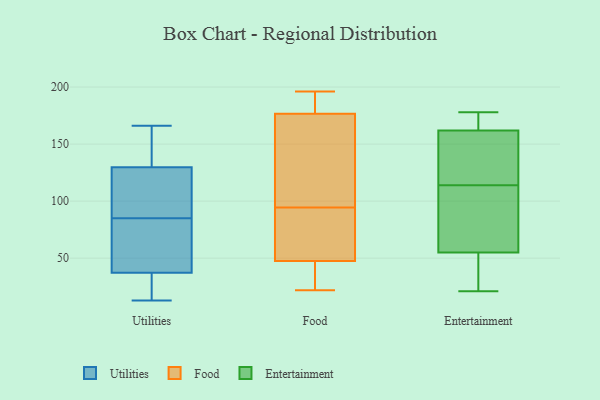
{"axis": {"x": "Population (Million)", "y": "Value"}, "legend": ["Entertainment", "Food", "Utilities"], "data": [{"x": "", "y": 141, "type": "Utilities"}, {"x": "", "y": 13, "type": "Utilities"}, {"x": "", "y": 54, "type": "Utilities"}, {"x": "", "y": 166, "type": "Utilities"}, {"x": "", "y": 85, "type": "Utilities"}, {"x": "", "y": 126, "type": "Utilities"}, {"x": "", "y": 143, "type": "Utilities"}, {"x": "", "y": 35, "type": "Utilities"}, {"x": "", "y": 35, "type": "Utilities"}, {"x": "", "y": 113, "type": "Utilities"}, {"x": "", "y": 38, "type": "Utilities"}, {"x": "", "y": 71, "type": "Utilities"}, {"x": "", "y": 106, "type": "Utilities"}, {"x": "", "y": 117, "type": "Food"}, {"x": "", "y": 99, "type": "Food"}, {"x": "", "y": 22, "type": "Food"}, {"x": "", "y": 50, "type": "Food"}, {"x": "", "y": 189, "type": "Food"}, {"x": "", "y": 66, "type": "Food"}, {"x": "", "y": 45, "type": "Food"}, {"x": "", "y": 131, "type": "Food"}, {"x": "", "y": 90, "type": "Food"}, {"x": "", "y": 190, "type": "Food"}, {"x": "", "y": 174, "type": "Food"}, {"x": "", "y": 86, "type": "Food"}, {"x": "", "y": 179, "type": "Food"}, {"x": "", "y": 196, "type": "Food"}, {"x": "", "y": 33, "type": "Food"}, {"x": "", "y": 25, "type": "Food"}, {"x": "", "y": 55, "type": "Entertainment"}, {"x": "", "y": 21, "type": "Entertainment"}, {"x": "", "y": 22, "type": "Entertainment"}, {"x": "", "y": 98, "type": "Entertainment"}, {"x": "", "y": 113, "type": "Entertainment"}, {"x": "", "y": 100, "type": "Entertainment"}, {"x": "", "y": 36, "type": "Entertainment"}, {"x": "", "y": 129, "type": "Entertainment"}, {"x": "", "y": 163, "type": "Entertainment"}, {"x": "", "y": 178, "type": "Entertainment"}, {"x": "", "y": 117, "type": "Entertainment"}, {"x": "", "y": 162, "type": "Entertainment"}, {"x": "", "y": 167, "type": "Entertainment"}, {"x": "", "y": 115, "type": "Entertainment"}]}